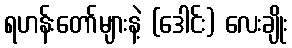
ရဟန်းတော်များနဲ့ (ဒေါင်း) လေးချိုး